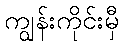
ကျွန်းကိုင်းမှီ